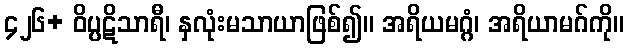
၄၂၆+ ဝိပ္ပဋိသာရီ၊ နှလုံးမသာယာဖြစ်၍။ အရိယမဂ္ဂံ၊ အရိယာမဂ်ကို။